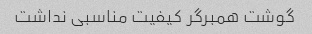
گوشت همبرگر کیفیت مناسبی نداشت